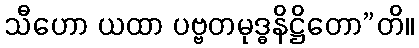
သီဟော ယထာ ပဗ္ဗတမုဒ္ဓနိဋ္ဌိတော”တိ။